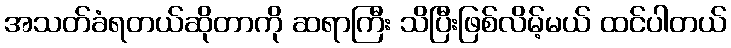
အသတ်ခံရတယ်ဆိုတာကို ဆရာကြီး သိပြီးဖြစ်လိမ့်မယ် ထင်ပါတယ်